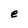
Character: e